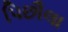
પિછૌલા